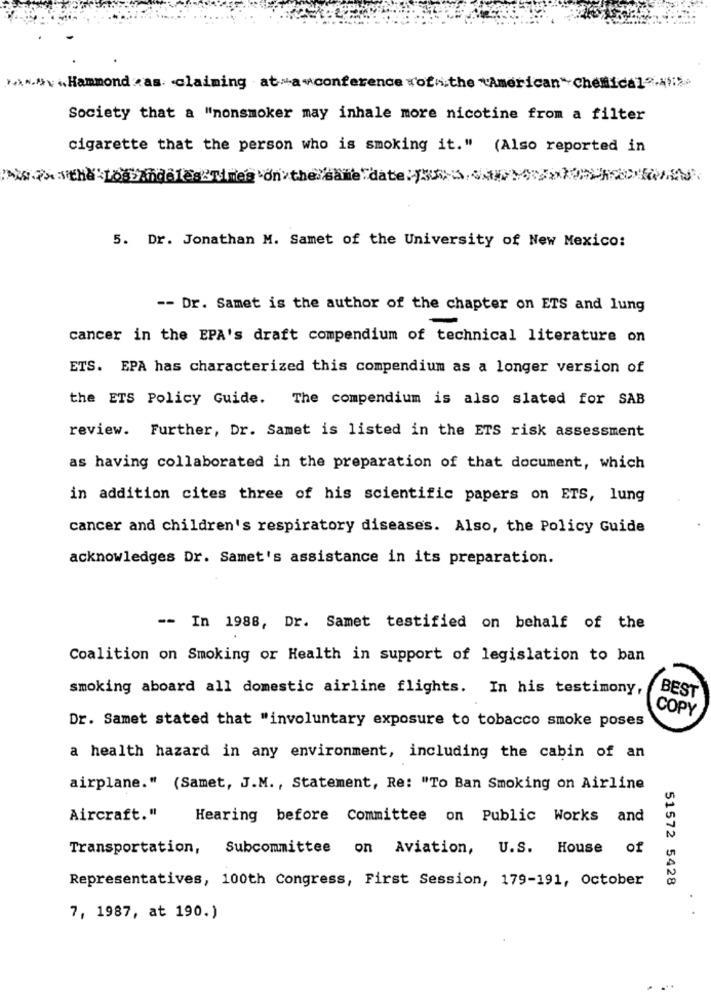
*>.>><Hammond was claiming at>conferenceofchemical
Society that a "nonsmoker may inhale more nicotine from a filter
cigarette that the person who is smoking it." (Also reported in
"the Lossinactes"Times"on the same date>>
5. Dr. Jonathan M. Samet of the University of New Mexico:
-- Dr. Samet is the author of the chapter on ETS and lung
cancer in the EPA's draft compendium of technical literature on
ETS. EPA has characterized this compendium as a longer version of
the ETS Policy Guide. The compendium is also slated for SAB
review. Further, Dr. Samet is listed in the ETS risk assessment
as having collaborated in the preparation of that document, which
in addition cites three of his scientific papers on ETS, lung
cancer and children's respiratory diseases. Also, the Policy Guide
acknowledges Dr. Samet's assistance in its preparation.
-- In 1988, Dr. Samet testified on behalf of the
Coalition on Smoking or Health in support of legislation to ban
smoking aboard all domestic airline flights. In his testimony,
BEST
COPY
Dr. Samet stated that "involuntary exposure to tobacco smoke poses
a health hazard in any environment, including the cabin of an
airplane." (Samet, J.M ., Statement, Re: "To Ban Smoking on Airline
Aircraft."
Hearing before Committee on Public Works and
Transportation, Subcommittee on Aviation, U.S. House of
Representatives, 100th Congress, First Session, 179-191, October
51572 5428
7, 1987, at 190.)